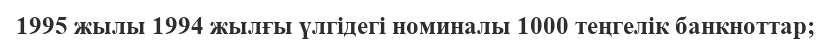
1995 жылы 1994 жылғы үлгідегі номиналы 1000 теңгелік банкноттар;